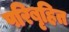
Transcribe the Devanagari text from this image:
परिबृहित